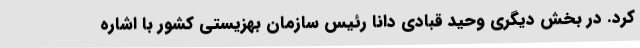
کرد. در بخش دیگری وحید قبادی دانا رئیس سازمان بهزیستی کشور با اشاره